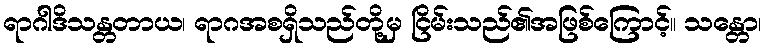
ရာဂါဒိသန္တတာယ၊ ရာဂအစရှိသည်တို့မှ ငြိမ်းသည်၏အဖြစ်ကြောင့်။ သန္တော၊